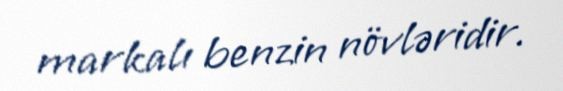
markalı benzin növləridir.